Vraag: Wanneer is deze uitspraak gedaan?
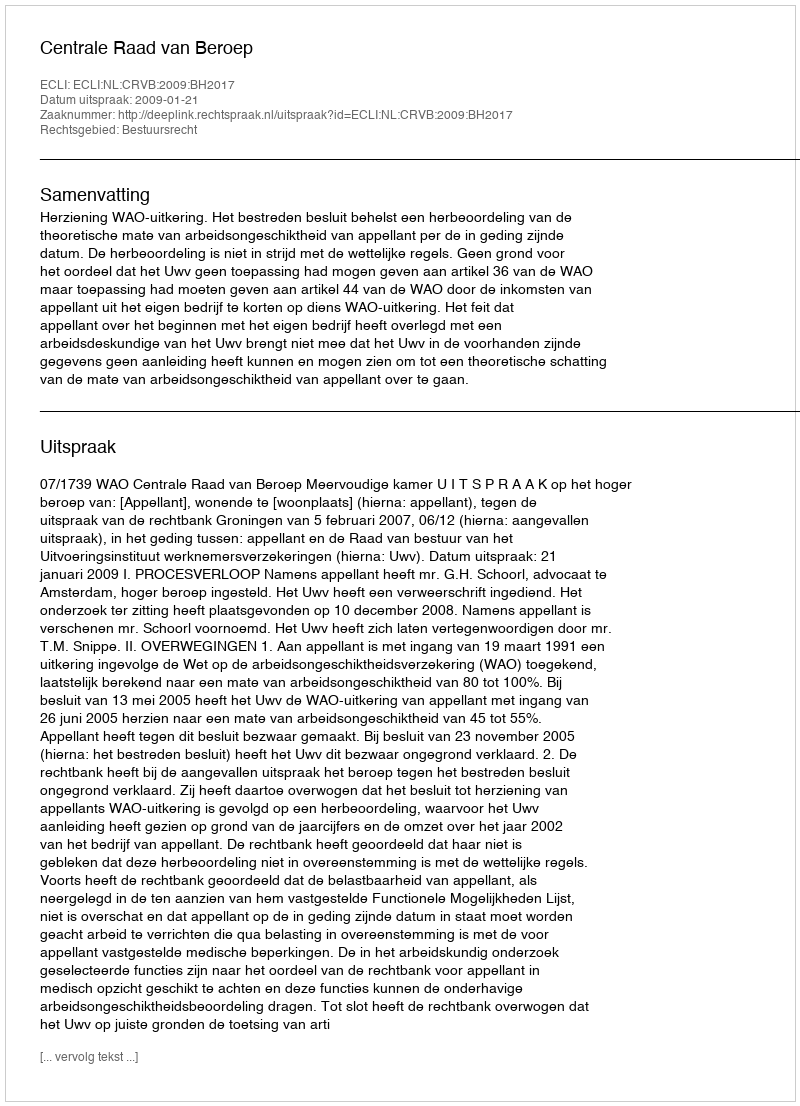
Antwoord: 2009-01-21